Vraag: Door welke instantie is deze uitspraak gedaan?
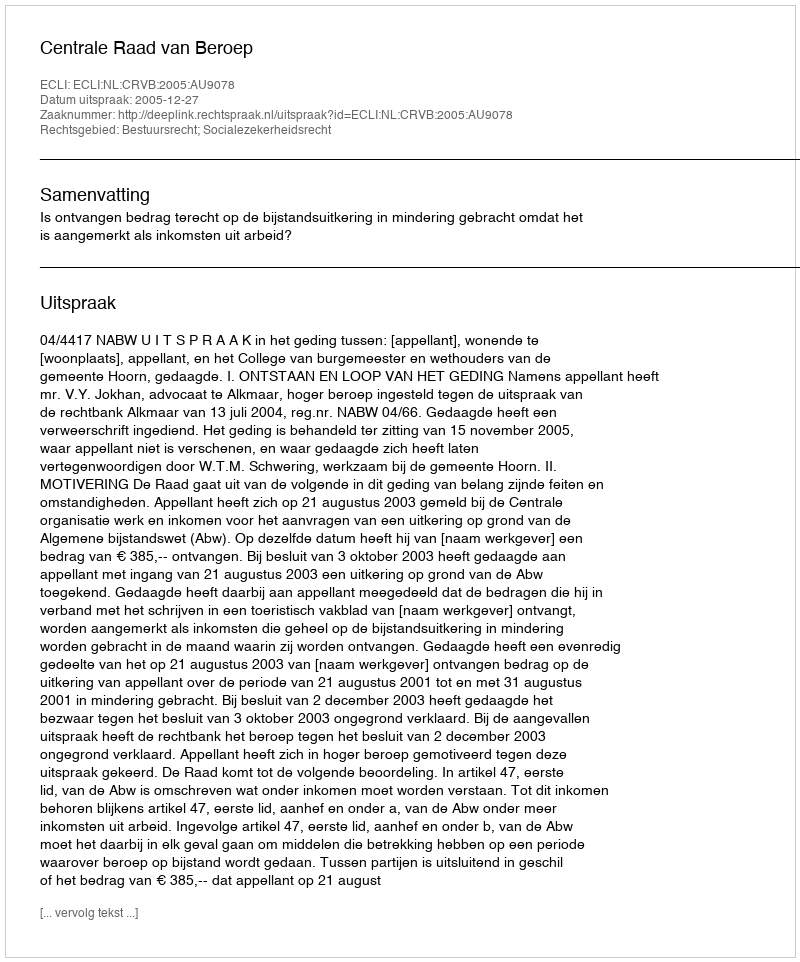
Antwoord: Centrale Raad van Beroep